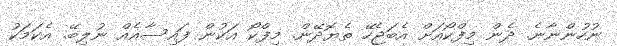
ނުހުންނާނެ. ދެން މިފްކޯއަށް އެބަޖެހޭ ތެޔޮދޭން. މިފްކޯ އަކުން ފައިސާއެއް ނުލިބޭ. އެކަމަކު